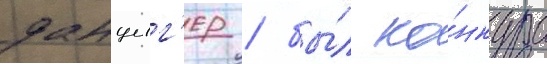
данциг'ер / бы́л ко́нкурс